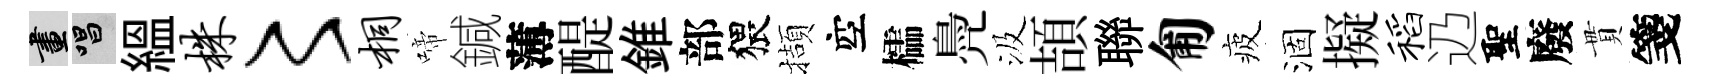
畫唱緼株〻桐啼鍼薄醍錐部猥擷空櫺鳧汲頡聯匍疲涸擬稻辸聖廢貫箋